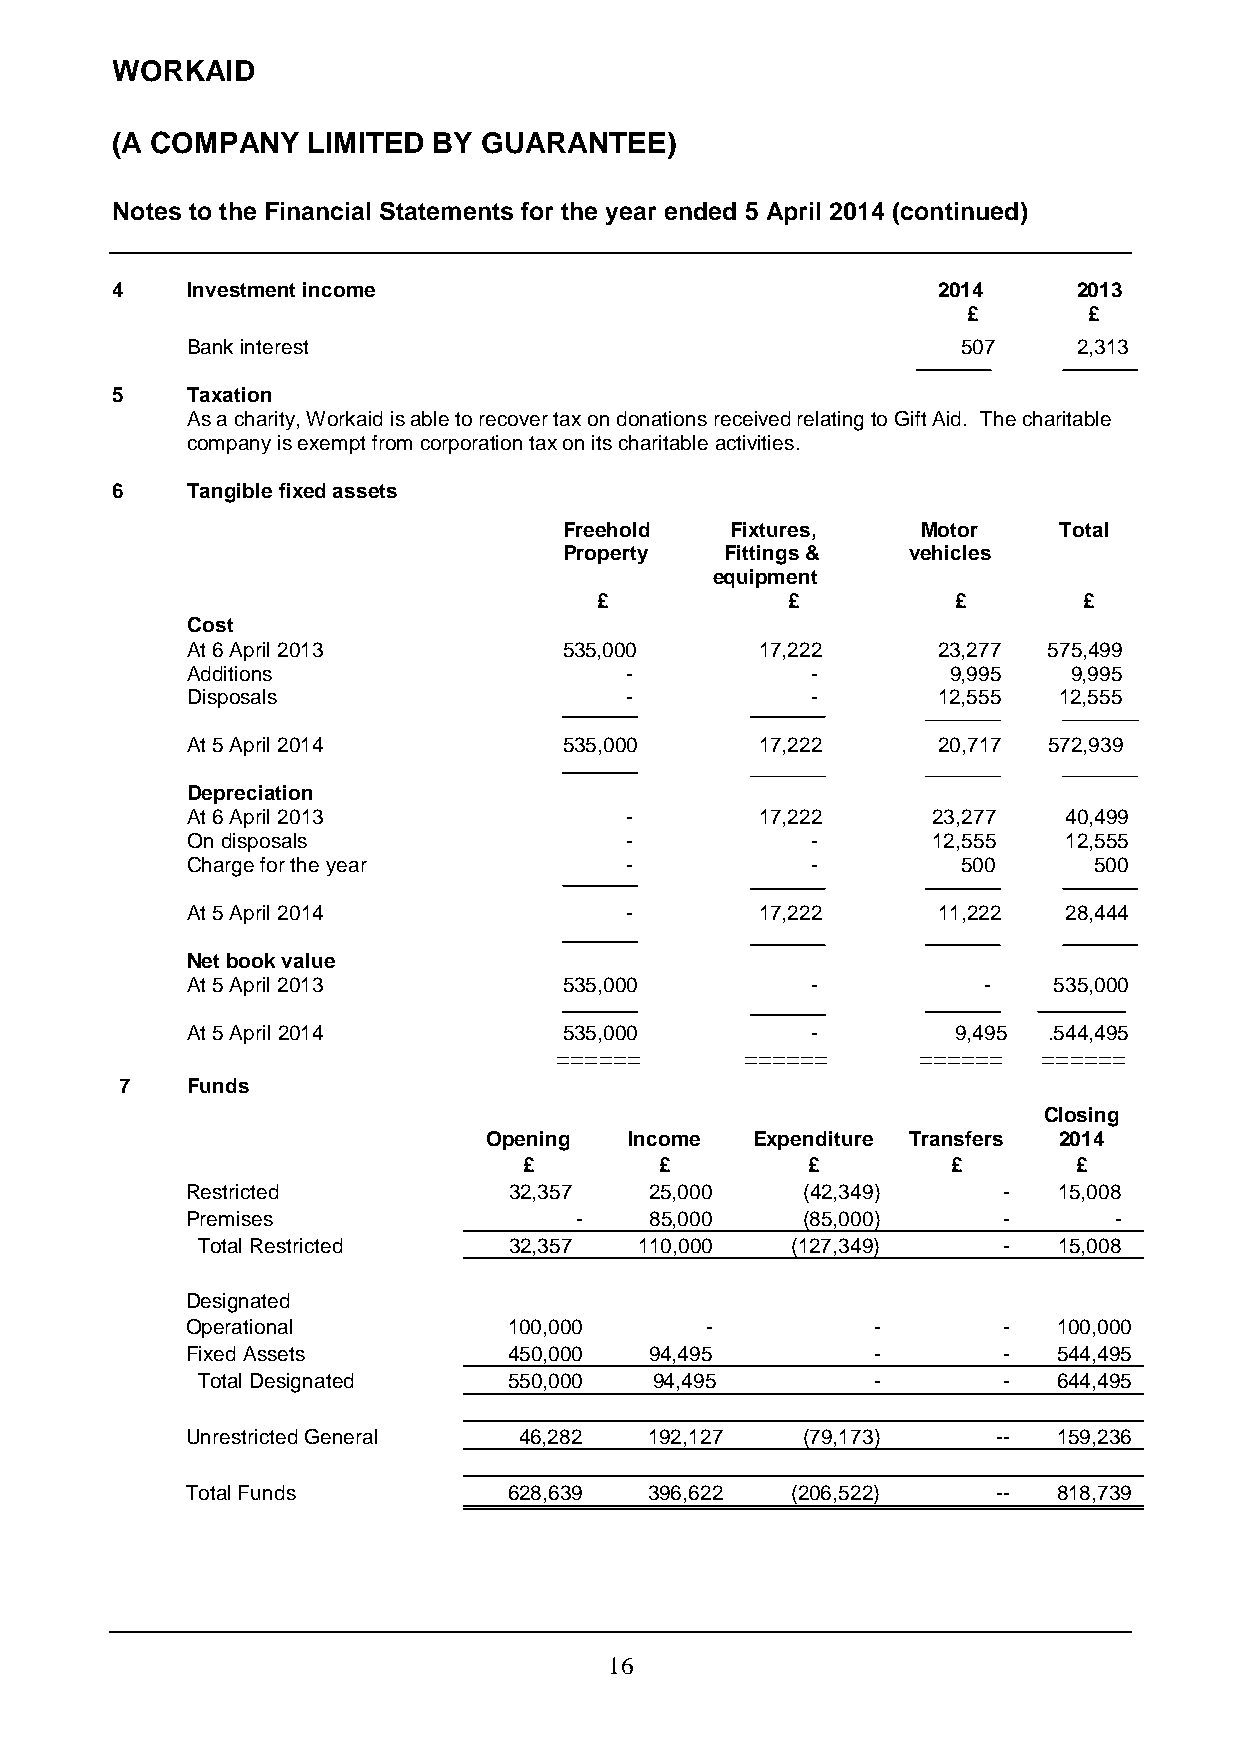
WORKAID
 (A COMPANY   LIMITED  BY GUARANTEE)
 Notes to the Financial Statements for the year ended 5 April 2014 (continued)
 4    Investment income                                 2014     2013
 £       £
 Bank interest                                       507    2,313
 5    Taxation
 As a charity, Workaid is able to recover tax on donations received relating to Gift Aid. The charitable
 company is exempt from corporation tax on its charitable activities.
 6    Tangible fixed assets
 Freehold   Fixtures,    Motor    Total
 Property   Fittings &  vehicles
 equipment
 £           £          £        £
 Cost
 At 6 April 2013          535,000      17,222      23,277 575,499
 Additions                    -            -        9,995   9,995
 Disposals                    -            -       12,555  12,555
 At 5 April 2014          535,000      17,222      20,717 572,939
 Depreciation
 At 6 April 2013              -        17,222      23,277  40,499
 On disposals                 -            -       12,555  12,555
 Charge for the year          -            -         500     500
 At 5 April 2014              -        17,222      11,222  28,444
 Net book value
 At 5 April 2013          535,000          -          -    535,000
 At 5 April 2014          535,000          -        9,495 .544,495
 ======      ======      ======  ======
 7   Funds
 Closing
 Opening   Income  Expenditure Transfers 2014
 £        £        £         £       £
 Restricted            32,357   25,000    (42,349)     -   15,008
 Premises                  -    85,000    (85,000)     -       -
 Total Restricted     32,357  110,000   (127,349)     -   15,008
 Designated
 Operational           100,000      -          -       -   100,000
 Fixed Assets          450,000  94,495         -       -   544,495
 Total Designated     550,000  94,495         -       -   644,495
 Unrestricted General  46,282   192,127   (79,173)     --  159,236
 Total Funds           628,639  396,622  (206,522)     --  818,739
 1 6